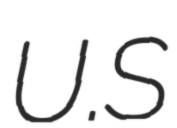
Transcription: U.S